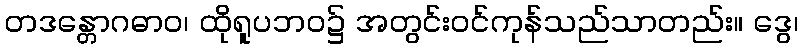
တဒန္တောဂဓာဝ၊ ထိုရူပဘဝ၌ အတွင်းဝင်ကုန်သည်သာတည်း။ ဒွေ၊